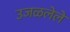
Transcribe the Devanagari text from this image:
उजळलेले